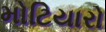
મોટિયારો